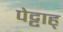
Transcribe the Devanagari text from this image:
पेट्टाह्